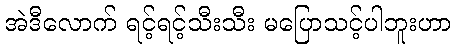
အဲဒီလောက် ရင့်ရင့်သီးသီး မပြောသင့်ပါဘူးဟာ